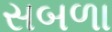
સબળા